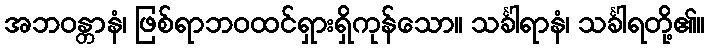
အဘဝန္တာနံ၊ ဖြစ်ရာဘဝထင်ရှားရှိကုန်သော။ သင်္ခါရာနံ၊ သင်္ခါရတို့၏။